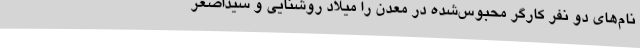
نام‌های دو نفر کارگر محبوس‌شده در معدن را میلاد روشنایی و سیداصغر